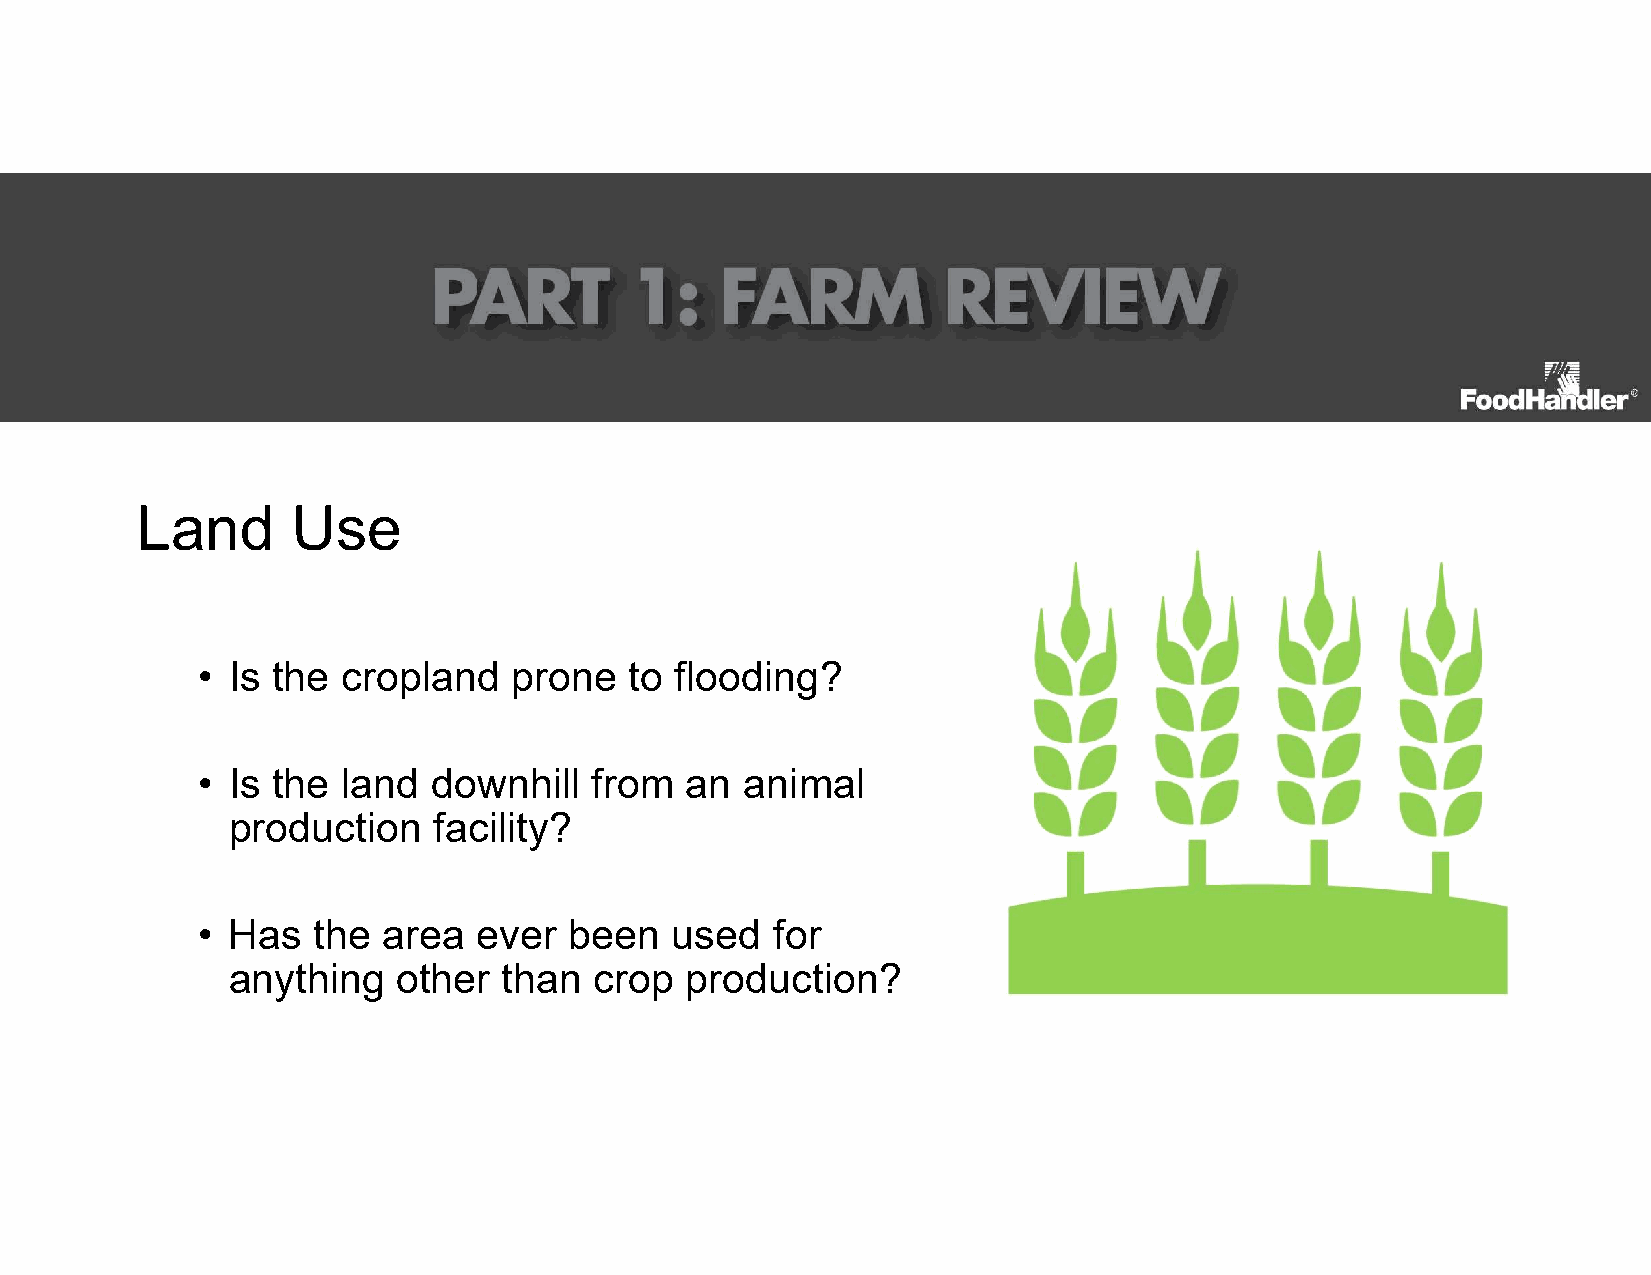
Land      Use
 • Is the  cropland   prone   to flooding?
 • Is the  land  downhill  from  an  animal
 production    facility?
 • Has   the area   ever  been  used   for
 anything   other  than  crop  production?